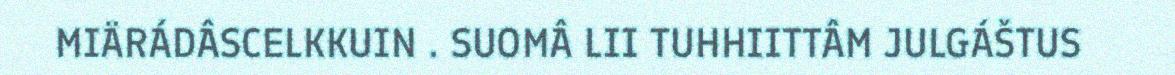
MIÄRÁDÂSCELKKUIN . SUOMÂ LII TUHHIITTÂM JULGÁŠTUS